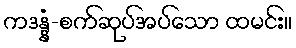
ကဒန္နံ-စက်ဆုပ်အပ်သော ထမင်း။